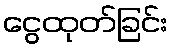
ငွေထုတ်ခြင်း